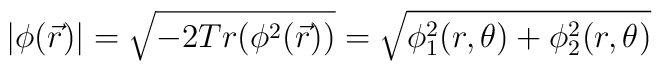
|\phi(\vec{r})| = \sqrt{-2Tr(\phi^2(\vec{r}))} = \sqrt{\phi_1^2(r,\theta)+\phi_2^2(r,\theta)}